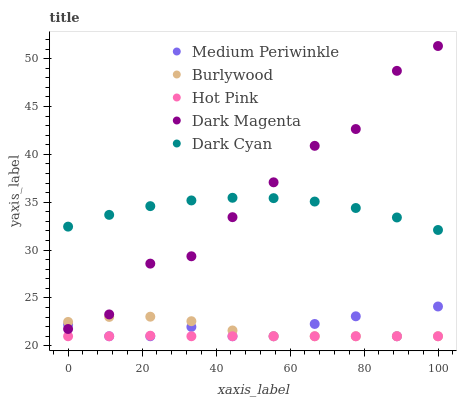
| xaxis_label | Medium Periwinkle | Burlywood | Hot Pink | Dark Magenta | Dark Cyan |
 | --- | --- | --- | --- | --- | --- |
 | 0 | 22.2 | 22.5 | 21 | 21.8 | 32.5 |
 | 11.1 | 21 | 23 | 21 | 23.3 | 33.7 |
 | 22.2 | 21 | 23 | 21.1 | 28.6 | 34.6 |
 | 33.3 | 22 | 22.6 | 21 | 29.4 | 35.2 |
 | 44.4 | 21 | 21.6 | 21 | 33.4 | 35.5 |
 | 55.6 | 21 | 21 | 21 | 37.1 | 35.4 |
 | 66.7 | 22.3 | 21 | 21 | 40.9 | 35.1 |
 | 77.8 | 23.1 | 21 | 21 | 42.6 | 34.4 |
 | 88.9 | 21 | 21 | 21 | 48.7 | 33.4 |
 | 100 | 24.1 | 21 | 21 | 51.3 | 32.1 |